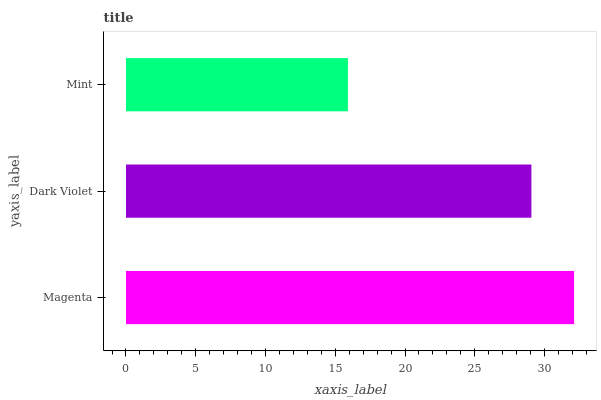
| yaxis_label | bars |
 | --- | --- |
 | Magenta | 32.1 |
 | Dark Violet | 29.1 |
 | Mint | 15.9 |